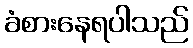
ခံစားနေရပါသည်